Epidemic dropsy in Calcutta - Number 49
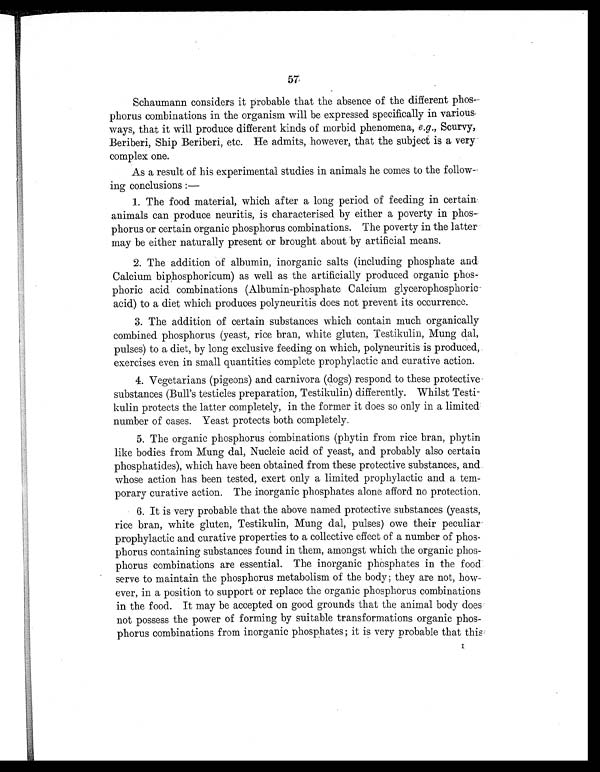
57
Schaumann considers it probable that the absence of the different phos-
phorus combinations in the organism will be expressed specifically in various
ways, that it will produce different kinds of morbid phenomena, e.g., Scurvy,
Beriberi, Ship Beriberi, etc. He admits, however2 t h a t t h e s u b j e c t i s a v e r y
complex one.
As a result of his experimental studies in animals he comes to the follow-
ing conclusions:
—
1. The food material, which after a long period of feeding in certain
animals can produce neuritis, is characterised by either a poverty in phos-
phorus or certain organic phosphorus combinations. The poverty in the latter
may be either naturally present or brought about by artificial means.
2. The addition of albumin, inorganic salts (including phosphate and
Calcium biphosphoricum) as well as the artificially produced organic phos-
phoric acid combinations (Albumin-phosphate Calcium glycerophosphoric
acid) to a diet which produces polyneuritis does not prevent its occurrence.
3. The addition of certain substances which contain much organically
combined phosphorus (yeast, rice bran, white gluten, Testikulin, Mung dal,
pulses) to a diet, by long exclusive feeding on which, polyneuritis is produced,
exercises even in small quantities complete prophylactic and curative action.
4. Vegetarians (pigeons) and carnivora (dogs) respond to these protective
substances (Bull's testicles preparation, Testikulin) differently. Whilst Testi-
kulin protects the latter completely, in the former it does so only in a limited
number of cases. Yeast protects both completely.
5. The organic phosphorus combinations (phytin from rice bran, phytin
like bodies from Mung dal, Nucleic acid of yeast, and probably also certain
phosphatides), which have been obtained from these protective substances, and
whose action has been tested, exert only a limited prophylactic and a tem-
porary curative action. The inorganic phosphates alone afford no protection.
It is very probable that the above named protective substances (yeasts,
rice bran, white gluten, Testikulin, Mung dal, pulses) owe their peculiar
prophylactic and curative properties to a collective effect of a number of phos-
phorus containing substances found in them, amongst which the organic phos-
phorus combinations are essential. The inorganic phosphates in the food
serve to maintain the phosphorus metabolism of the body; they are not, how-
ever, in a position to support or replace the organic phosphorus combinations
in the food. It may be accepted on good grounds that the animal body does
not possess the power of forming by suitable transformations organic phos-
phorus combinations from inorganic phosphates; it is very probable that this
I